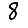
Digit: 8